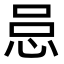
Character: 𪫰